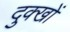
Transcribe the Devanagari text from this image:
दुक्खों